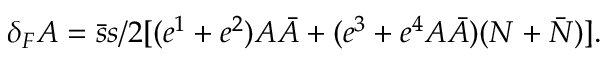
\delta _ { F } A = \bar { s } s / 2 [ ( e ^ { 1 } + e ^ { 2 } ) A \bar { A } + ( e ^ { 3 } + e ^ { 4 } A \bar { A } ) ( N + \bar { N } ) ] .